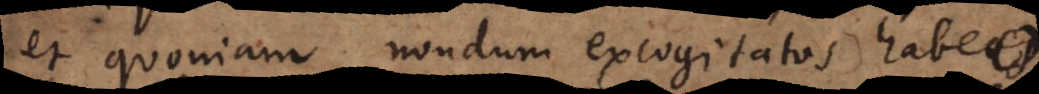
et quoniam nondum excogitatos habeo